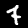
Label: 7